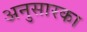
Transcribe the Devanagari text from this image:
अनुसारका